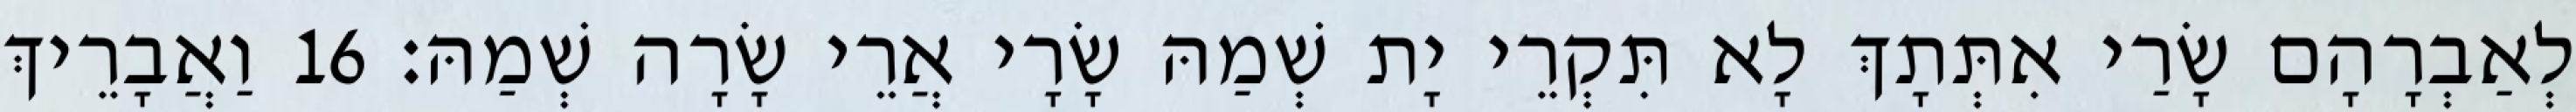
לְאַבְרָהָם שָׂרַי אִתְּתָךְ לָא תִּקְרֵי יָת שְׁמַהּ שָׂרָי אֲרֵי שָׂרָה שְׁמַהּ׃ 16 וַאֲבָרֵיךְ